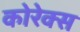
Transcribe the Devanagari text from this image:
कोरेक्स